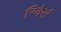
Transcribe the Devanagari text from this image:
रिवेर्स